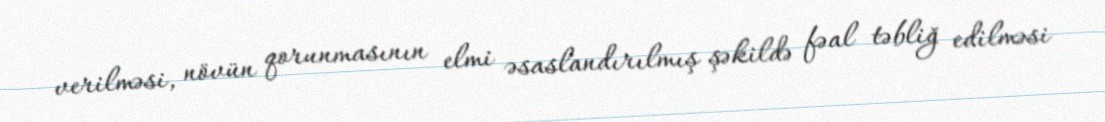
verilməsi, növün qorunmasının elmi əsaslandırılmış şəkildə fəal təbliğ edilməsi